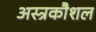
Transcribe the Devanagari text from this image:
अस्त्रकौशल